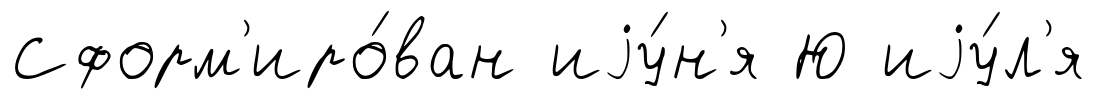
Сформ'иро́ван иjу́н'я Ю иjу́л'я